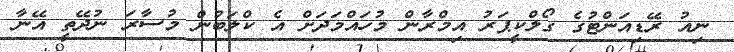
ނިއު ރޭޑިއަންޓުގެ ގޯލްކީޕަރު އިމްރާން މުހައްމަދަށް އެ ކްލަބުން މުސާރަ ނުދޭތީ އޭނާ